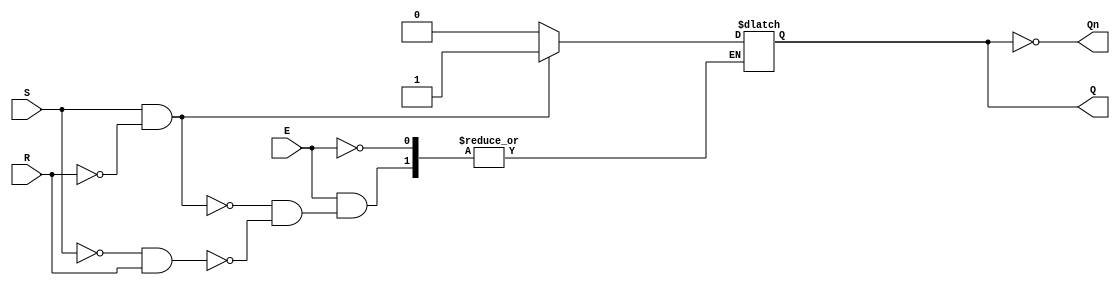
module gated_sr_latch (
    input wire S,       // Set input
    input wire R,       // Reset input
    input wire E,       // Enable input
    output reg Q,       // Output Q
    output wire Qn      // Complementary output Q'
);

    // Complementary output
    assign Qn = ~Q;

    // Always block to define the behavior of the latch
    always @ (S, R, E) begin
        if (E) begin
            if (S && !R) begin
                Q <= 1;   // Set Q to 1
            end else if (!S && R) begin
                Q <= 0;   // Reset Q to 0
            end // else retain previous state
            // If S = 0 and R = 0, Q retains its previous state
            // If S = 1 and R = 1, this is an invalid state, behavior is not defined
        end
        // If E = 0, do nothing (retain previous state)
    end

endmodule